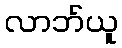
လာဘ်ယူ